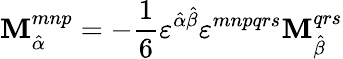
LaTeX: \mathbf{M}_{\hat{{\alpha}}}^{mnp}=-\frac{{1}}{{6}}\varepsilon^{\hat{{\alpha}}\hat{{\beta}}}\varepsilon^{mnpqrs}\mathbf{M}_{\hat{{\beta}}}^{qrs}